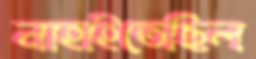
নাহাইতেছিল